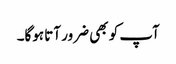
آپ کو بھی ضرور آتا ہوگا۔